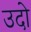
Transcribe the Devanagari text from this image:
उदो